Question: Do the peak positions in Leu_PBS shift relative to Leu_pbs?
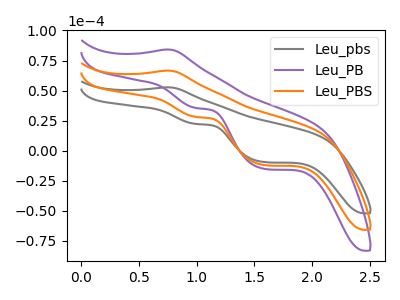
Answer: <think>The gray curve "Leu_pbs" has an anodic peak at (0.75V, 52.75uA) and cathodic peaks at (1.00V, 22.25uA) (1.60V, -9.40uA). The purple curve "Leu_PB" has an anodic peak at (0.75V, 133.25uA) and cathodic peaks at (1.00V, 56.15uA) (1.60V, -23.80uA). The orange curve "Leu_PBS" has an anodic peak at (0.75V, 66.65uA) and cathodic peaks at (1.00V, 28.10uA) (1.60V, -11.90uA).
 All the peaks in "Leu_PBS" have a peak in "Leu_pbs" at the same potential.</think>
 <answer>No, "Leu_PBS" and "Leu_pbs" don't appear to be significantly different in shape</answer>
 <eval>no_change</eval>